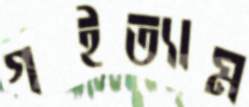
গইত্যাম